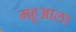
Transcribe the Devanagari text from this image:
महूआला